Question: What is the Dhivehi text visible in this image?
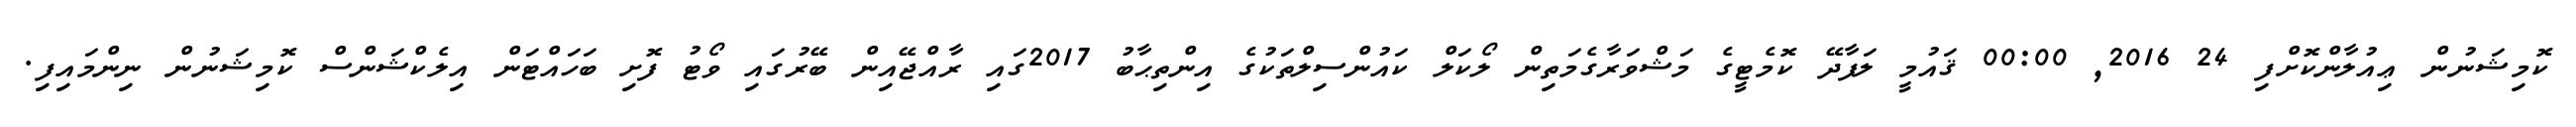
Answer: ކޮމިޝަނުން ޢިއުލާންކޮށްފި 24 2016, 00:00 ޤައުމީ ލަފާދޭ ކޮމެޓީގެ މަޝްވަރާގެމަތިން ލޯކަލް ކައުންސިލްތަކުގެ އިންތިޙާބު 2017ގައި ރާއްޖޭއިން ބޭރުގައި ވޯޓު ފޮށި ބަހައްޓަން އިލެކްޝަންސް ކޮމިޝަނުން ނިންމައިފި.